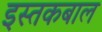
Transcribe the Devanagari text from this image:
इस्तकबाल